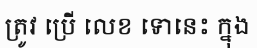
ត្រូវ ប្រើ លេខ ទោនេះ ក្នុង